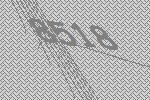
8518